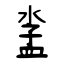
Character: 泴